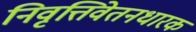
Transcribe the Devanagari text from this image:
निवृत्तिवेतनधारक